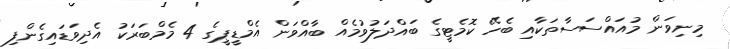
މިނިވަން މުއައްސަސާތަކާއި ބެހޭ ކޮމެޓީގެ ބައްދަލުވުމެއް ބާއްވަން އެމްޑީޕީގެ 4 މެމްބަރަކު އެދިވަޑައިގެންފި